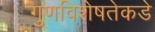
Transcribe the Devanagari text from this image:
गुणविशेषतेकडे